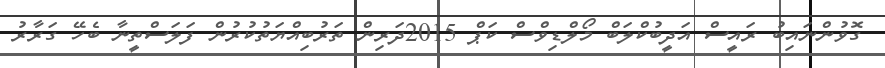
ގޮވުންނައިބު ރައީސް އަދީބުކްލަބް މޯލްޑިވްސް ކަޕް 2015ދަރިން ތަރުބިއްޔަތުކުރުން ފަލަސްތީނާ ބެހޭ ގަރާރު